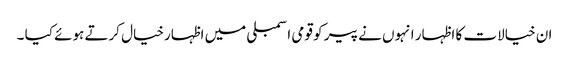
ان خیالات کا اظہار انہوں نے پیر کو قومی اسمبلی میں اظہارخیال کرتے ہوئے کیا ۔